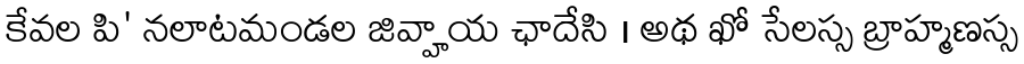
కేవల పి' నలాటమండల జివ్హాయ ఛాదేసి । అథ ఖో సేలస్స బ్రాహ్మణస్స